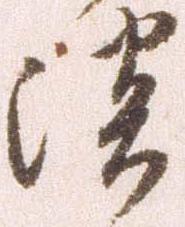
淡